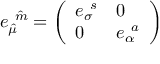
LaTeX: { e _ { \hat { \mu } } ^ { \ \hat { m } } = \left( \begin{array} { l l } { { e _ { \sigma } ^ { \ s } } } & { { 0 } } \\ { { 0 } } & { { e _ { \alpha } ^ { \ a } } } \end{array} \right) }